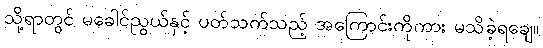
သို့ရာတွင် မခေါင်ညွယ်နှင့် ပတ်သက်သည့် အကြောင်းကိုကား မသိခဲ့ရချေ။